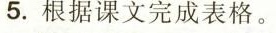
5.根据课文完成表格。